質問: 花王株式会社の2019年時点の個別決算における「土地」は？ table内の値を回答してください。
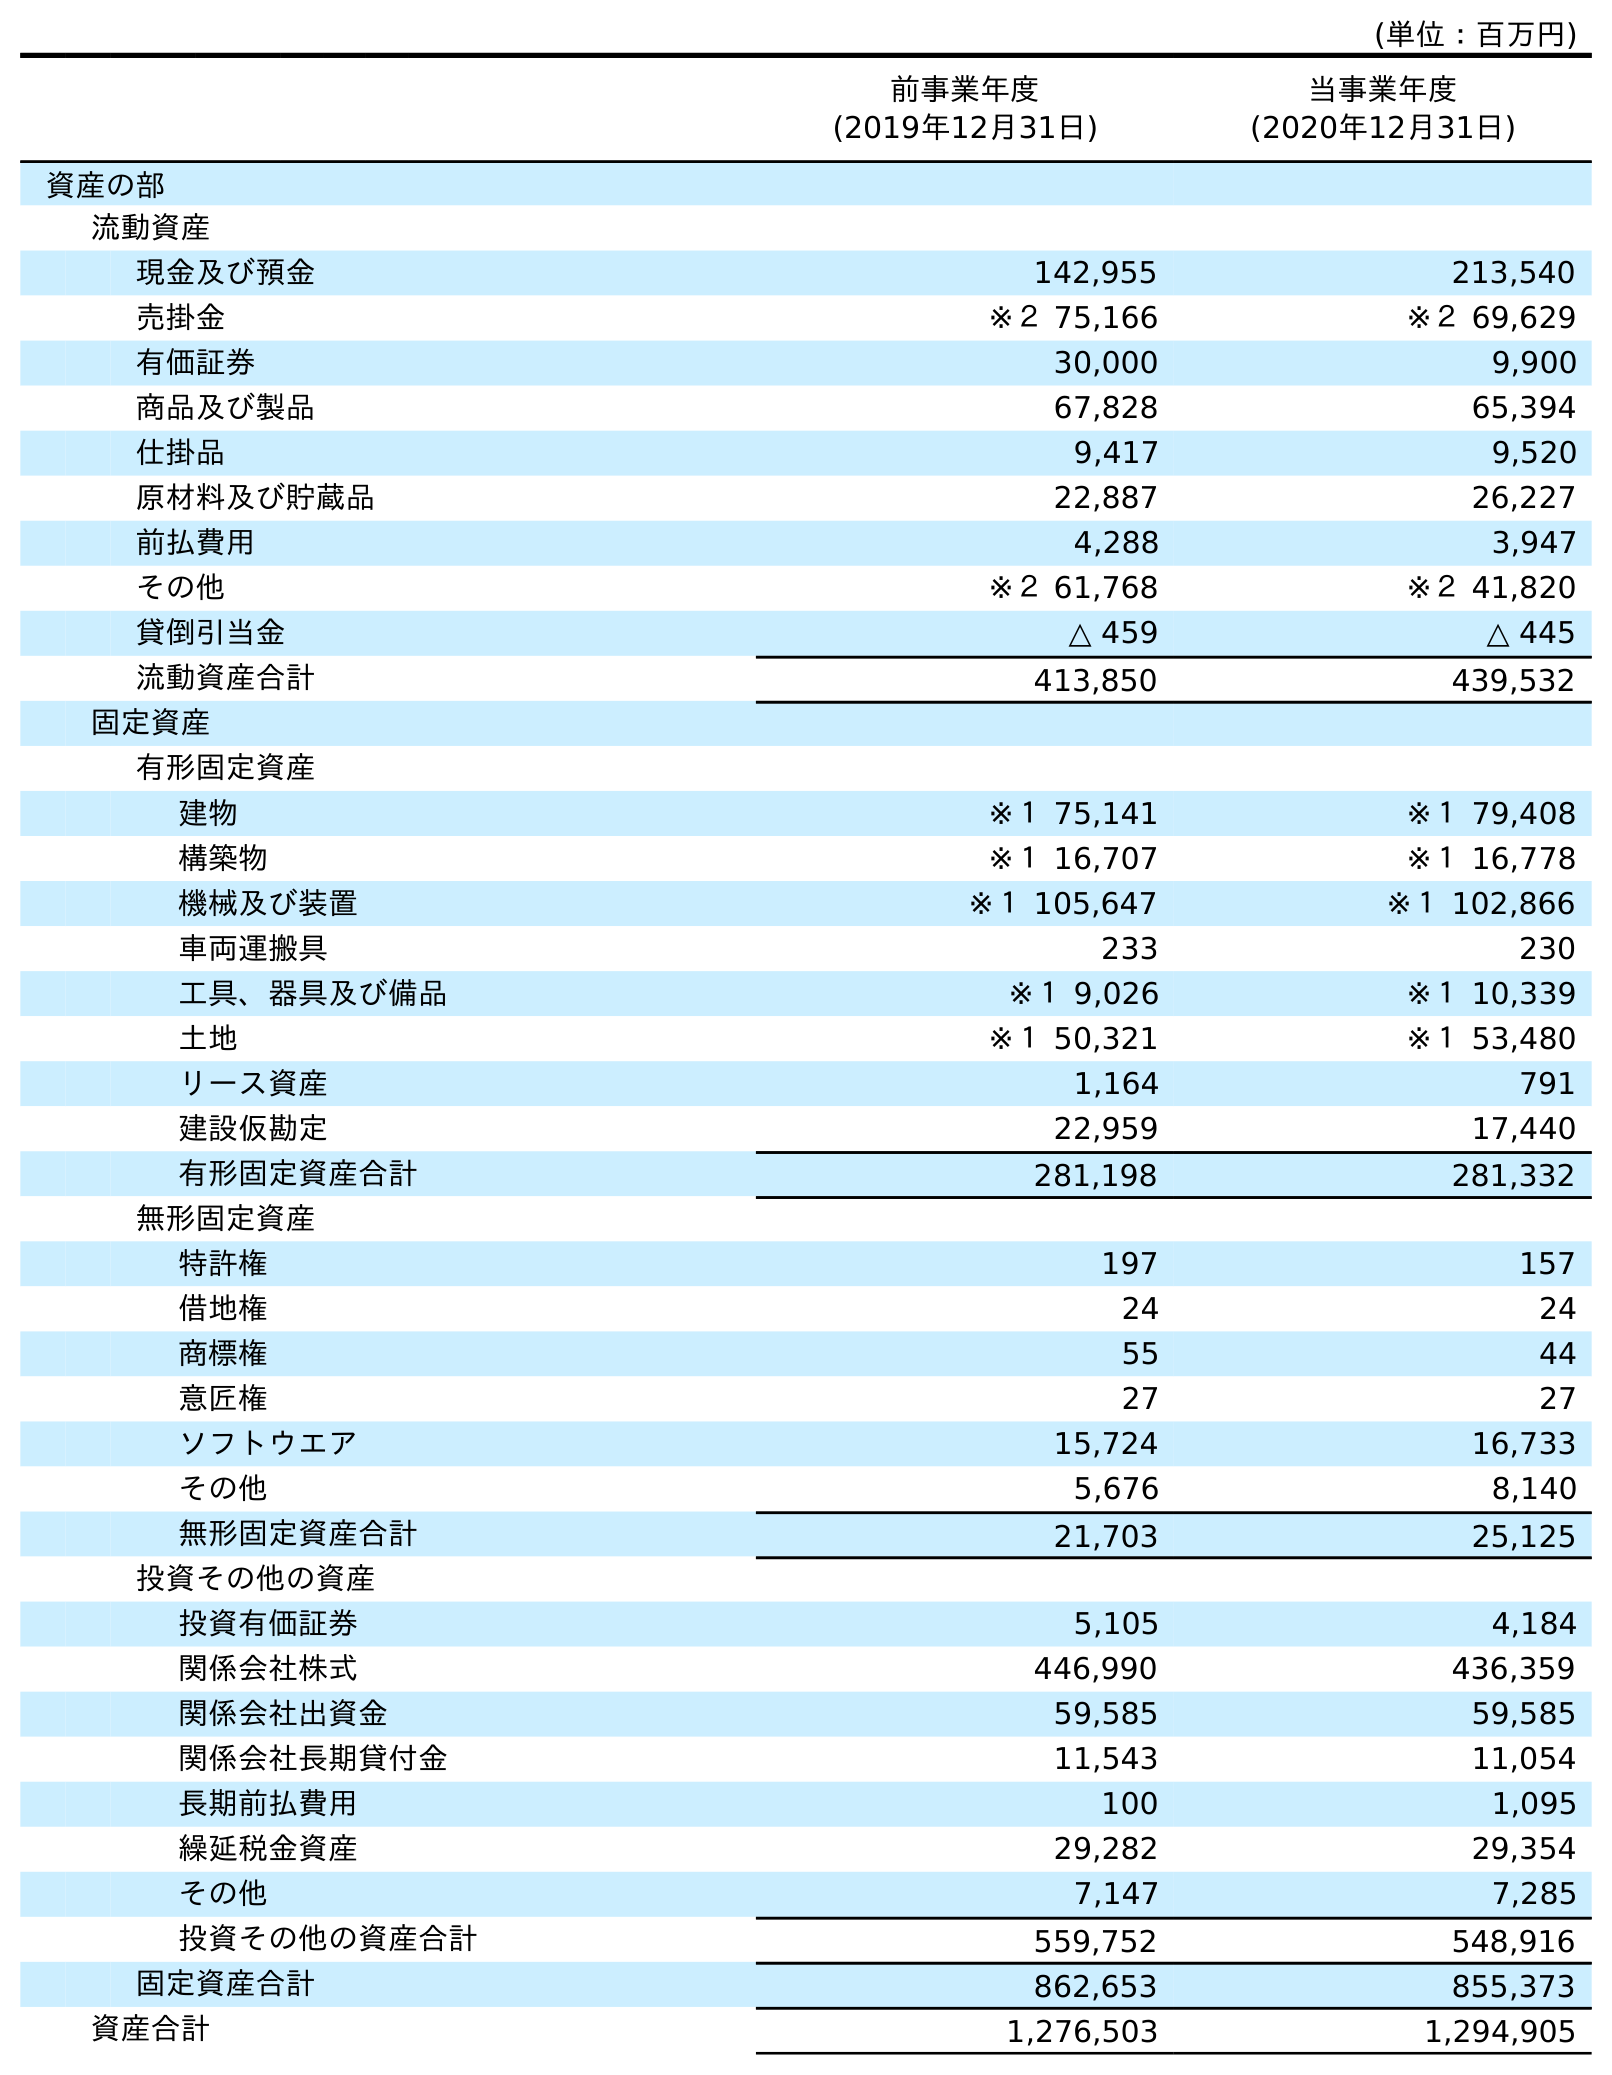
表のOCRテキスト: (単位：百万円) 前事業年度 (2019年12月31日) 当事業年度 (2020年12月31日) 資産の部 流動資産 現金及び預金 142,955 213,540 売掛金 ※２ 75,166 ※２ 69,629 有価証券 30,000 9,900 商品及び製品 67,828 65,394 仕掛品 9,417 9,520 原材料及び貯蔵品 22,887 26,227 前払費用 4,288 3,947 その他 ※２ 61,768 ※２ 41,820 貸倒引当金 △ 459 △ 445 流動資産合計 413,850 439,532 固定資産 有形固定資産 建物 ※１ 75,141 ※１ 79,408 構築物 ※１ 16,707 ※１ 16,778 機械及び装置 ※１ 105,647 ※１ 102,866 車両運搬具 233 230 工具、器具及び備品 ※１ 9,026 ※１ 10,339 土地 ※１ 50,321 ※１ 53,480 リース資産 1,164 791 建設仮勘定 22,959 17,440 有形固定資産合計 281,198 281,332 無形固定資産 特許権 197 157 借地権 24 24 商標権 55 44 意匠権 27 27 ソフトウエア 15,724 16,733 その他 5,676 8,140 無形固定資産合計 21,703 25,125 投資その他の資産 投資有価証券 5,105 4,184 関係会社株式 446,990 436,359 関係会社出資金 59,585 59,585 関係会社長期貸付金 11,543 11,054 長期前払費用 100 1,095 繰延税金資産 29,282 29,354 その他 7,147 7,285 投資その他の資産合計 559,752 548,916 固定資産合計 862,653 855,373 資産合計 1,276,503 1,294,905
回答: ※１50,321